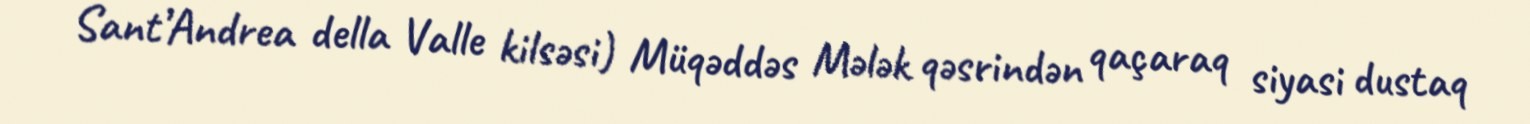
Sant’Andrea della Valle kilsəsi) Müqəddəs Mələk qəsrindən qaçaraq siyasi dustaq